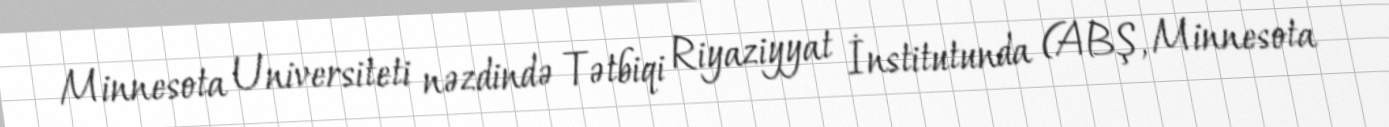
Minnesota Universiteti nəzdində Tətbiqi Riyaziyyat İnstitutunda (ABŞ, Minnesota